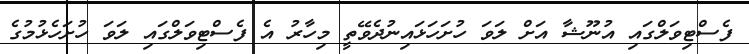
ފެސްޓިވަލްގައި އުނޫޝާ އަށް ލަވަ ހުށަހަޅައިނުދެވޭތީ މިހާރު އެ ފެސްޓިވަލްގައި ލަވަ ހުށަހެޅުމުގެ